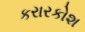
કરારકોશ